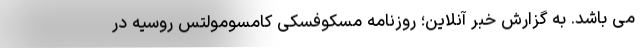
می باشد. به گزارش خبر آنلاین؛ روزنامه مسکوفسکی کامسومولتس روسیه در